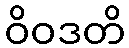
ဝိဝဒတိ